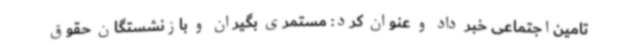
تامین‌اجتماعی خبر داد و عنوان کرد: مستمری ‌بگیران و بازنشستگان حقوق